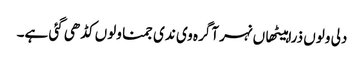
دلی ولوں ذرا ہیٹھاں نہر آگرہ وی ندی جمنا ولوں کڈھی گئی ہے۔